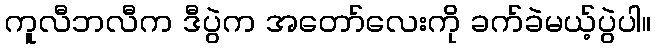
ကူလီဘလီက ဒီပွဲက အတော်လေးကို ခက်ခဲမယ့်ပွဲပါ။